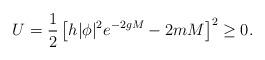
LaTeX: \begin{align*}U = \frac{1}{2}\left[h |\phi|^2 e^{-2gM} - 2mM\right]^2 \geq 0 .\end{align*}